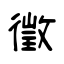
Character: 徵